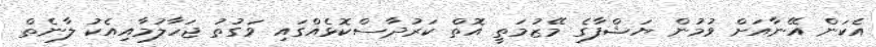
އެކަން އޭނާއަށް ވުމުން ޔަޝްފާގެ މޭޒުމަތީ އޮތް ކަރުދާސްކޮޅެއްގައި ވަގުތު ޖަހާލުމާއިއެކު ލާނެތް